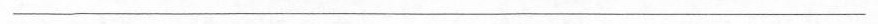
___